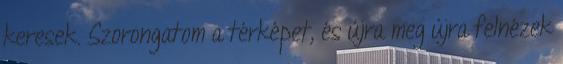
keresek. Szorongatom a térképet, és újra meg újra felnézek